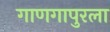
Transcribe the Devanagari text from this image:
गाणगापुरला